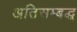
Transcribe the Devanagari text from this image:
अतिसम्बद्ध